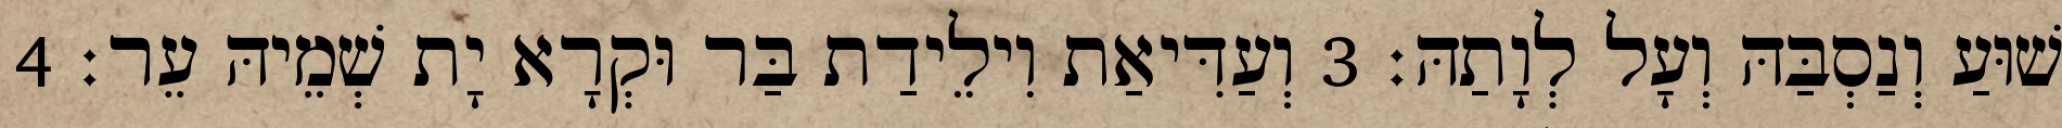
שׁוּעַ וְנַסְבַּהּ וְעָל לְוָתַהּ׃ 3 וְעַדִּיאַת וִילֵידַת בַּר וּקְרָא יָת שְׁמֵיהּ עֵר׃ 4